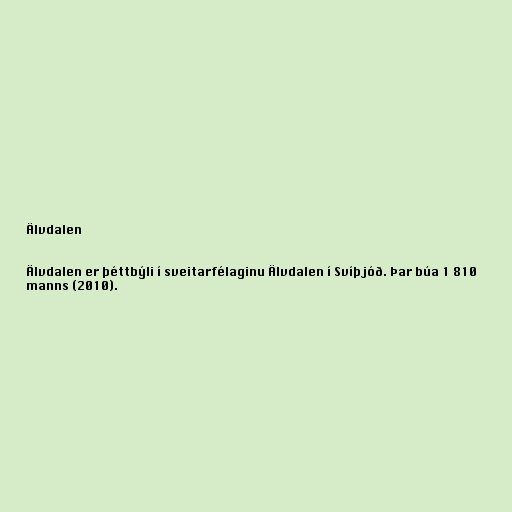
Älvdalen

Älvdalen er þéttbýli í sveitarfélaginu Älvdalen í Svíþjóð. Þar búa 1 810
manns (2010).